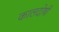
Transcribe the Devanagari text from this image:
कालदोषी